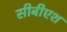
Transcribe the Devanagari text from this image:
सीबीएश